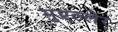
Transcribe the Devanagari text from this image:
मुएल्लेर